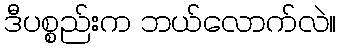
ဒီပစ္စည်းက ဘယ်လောက်လဲ။